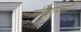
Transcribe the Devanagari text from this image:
मीदानों